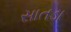
સાતડા